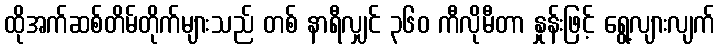
ထိုအက်ဆစ်တိမ်တိုက်များသည် တစ် နာရီလျှင် ၃၆၀ ကီလိုမီတာ နှုန်းဖြင့် ရွေ့လျားလျက်